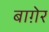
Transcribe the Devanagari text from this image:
बाग़ेर